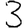
Digit: 3